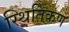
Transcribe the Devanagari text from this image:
स्थितिकण